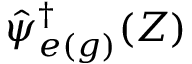
\hat { \psi } _ { e ( g ) } ^ { \dagger } ( Z )